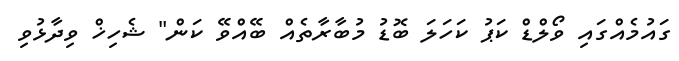
ގައުމެއްގައި ވޯލްޑް ކަޕު ކަހަލަ ބޮޑު މުބާރާތެއް ބޭއްވޭ ކަން" ޝެހިޚް ވިދާޅުވި